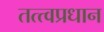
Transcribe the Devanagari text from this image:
तत्त्वप्रधान